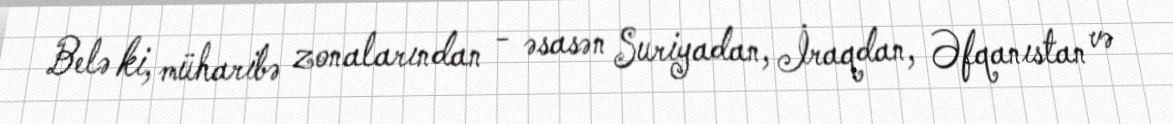
Belə ki, müharibə zonalarından - əsasən Suriyadan, İraqdan, Əfqanıstan və